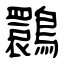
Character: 䴉